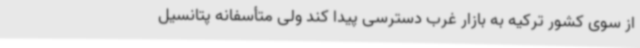
از سوی کشور ترکیه به بازار غرب دسترسی پیدا کند ولی متأسفانه پتانسیل